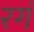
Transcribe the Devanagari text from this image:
रगं